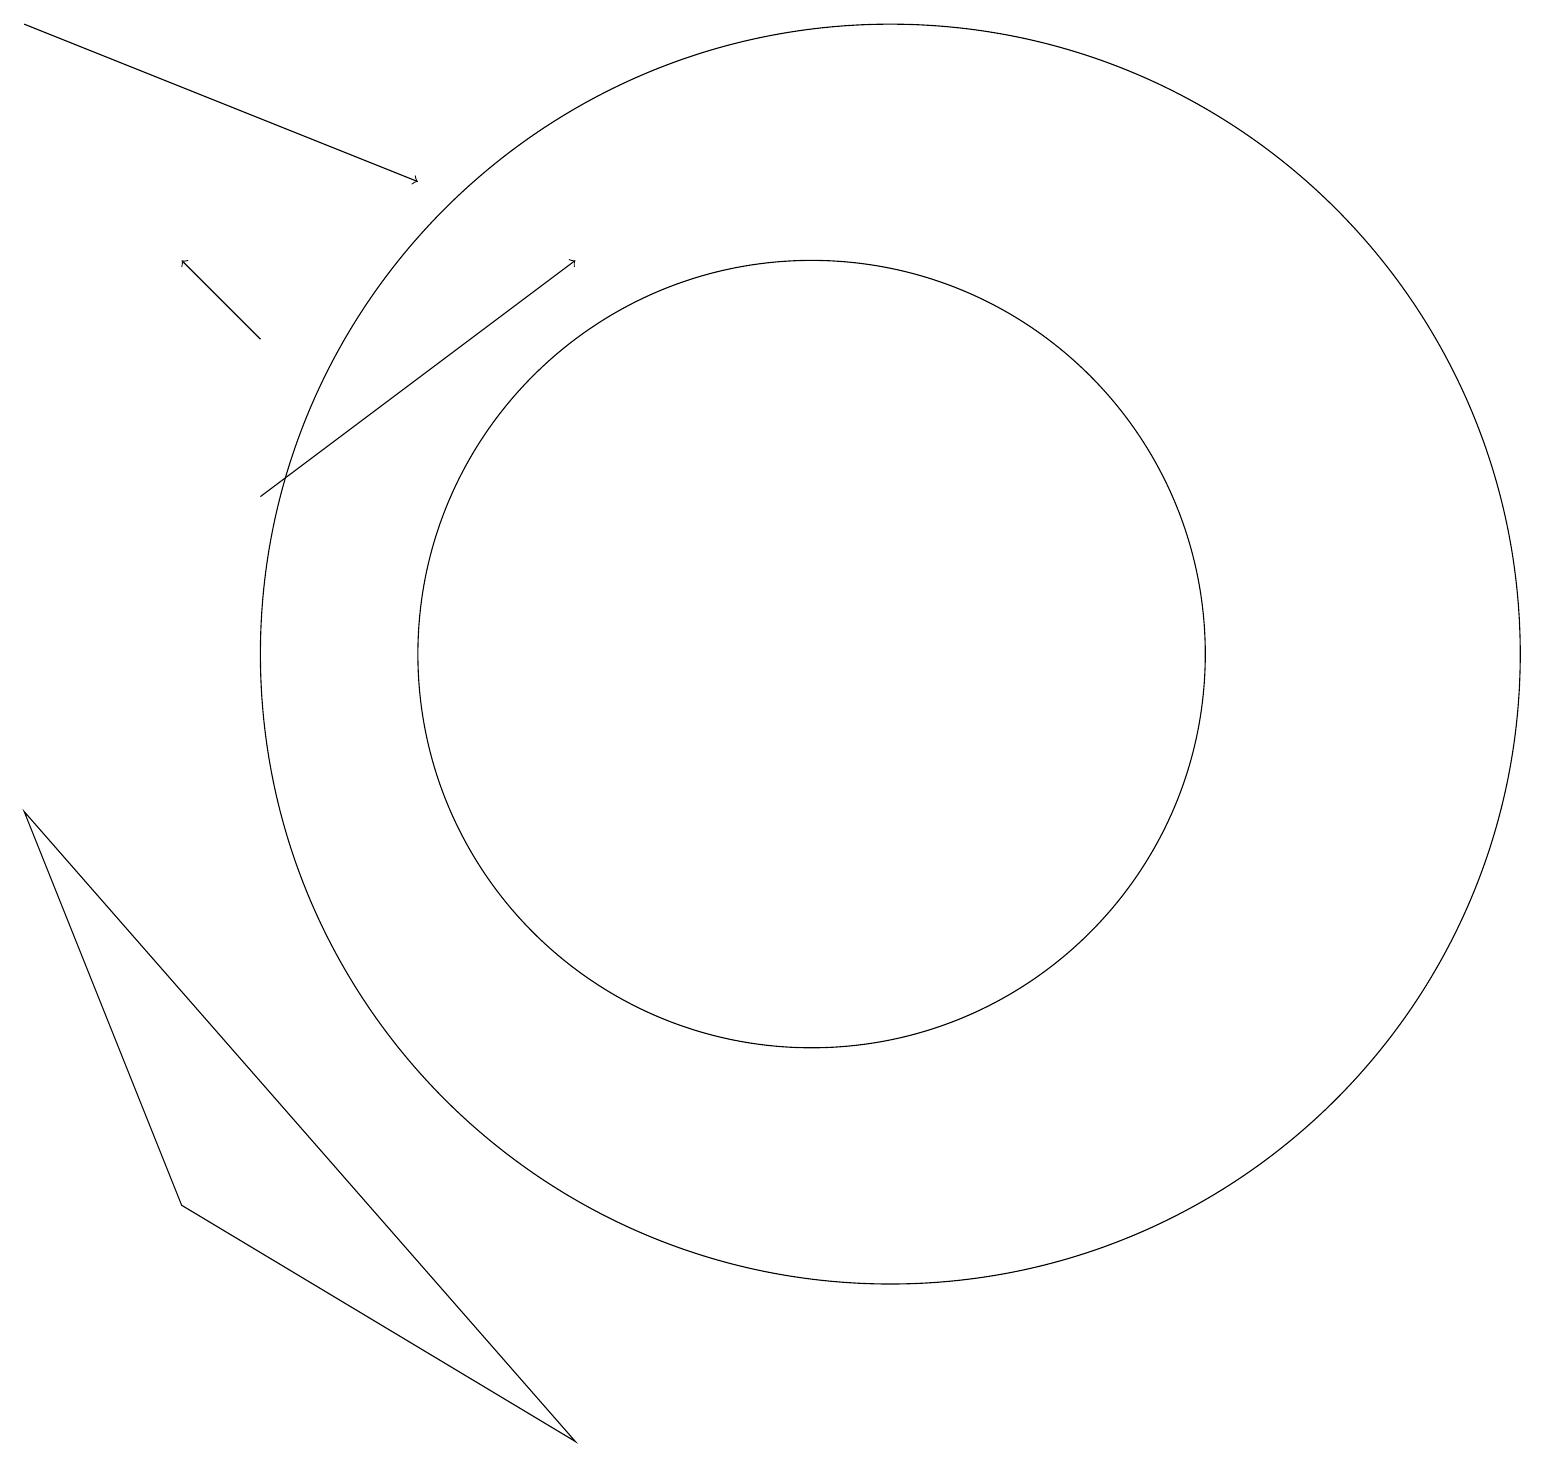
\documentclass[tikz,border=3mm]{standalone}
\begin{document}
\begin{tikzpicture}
\draw (11,11) circle (5);
\draw (12,11) circle (8);
\draw[->] (1,19) -- (6,17);
\draw[->] (4,13) -- (8,16);
\draw[->] (4,15) -- (3,16);
\draw (1,9) -- (8,1) -- (3,4) -- cycle;
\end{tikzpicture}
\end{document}